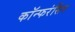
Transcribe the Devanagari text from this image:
कॉन्फरंसिंग